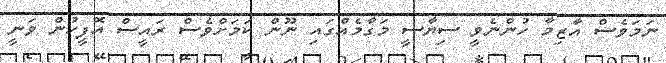
ނަމަވެސް އާޒިމާ ހުންނެވީ ސިޔާސީ މަގާމެއްގައި ނޫން ކަމަށްވެސް ރައީސް އޮފީހުން ވަނީ